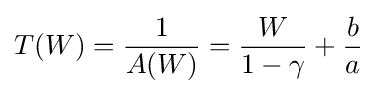
T(W)={\frac {1}{A(W)}}={\frac {W}{1-\gamma }}+{\frac {b}{a}}